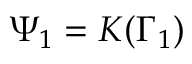
\Psi _ { 1 } = K ( \Gamma _ { 1 } )